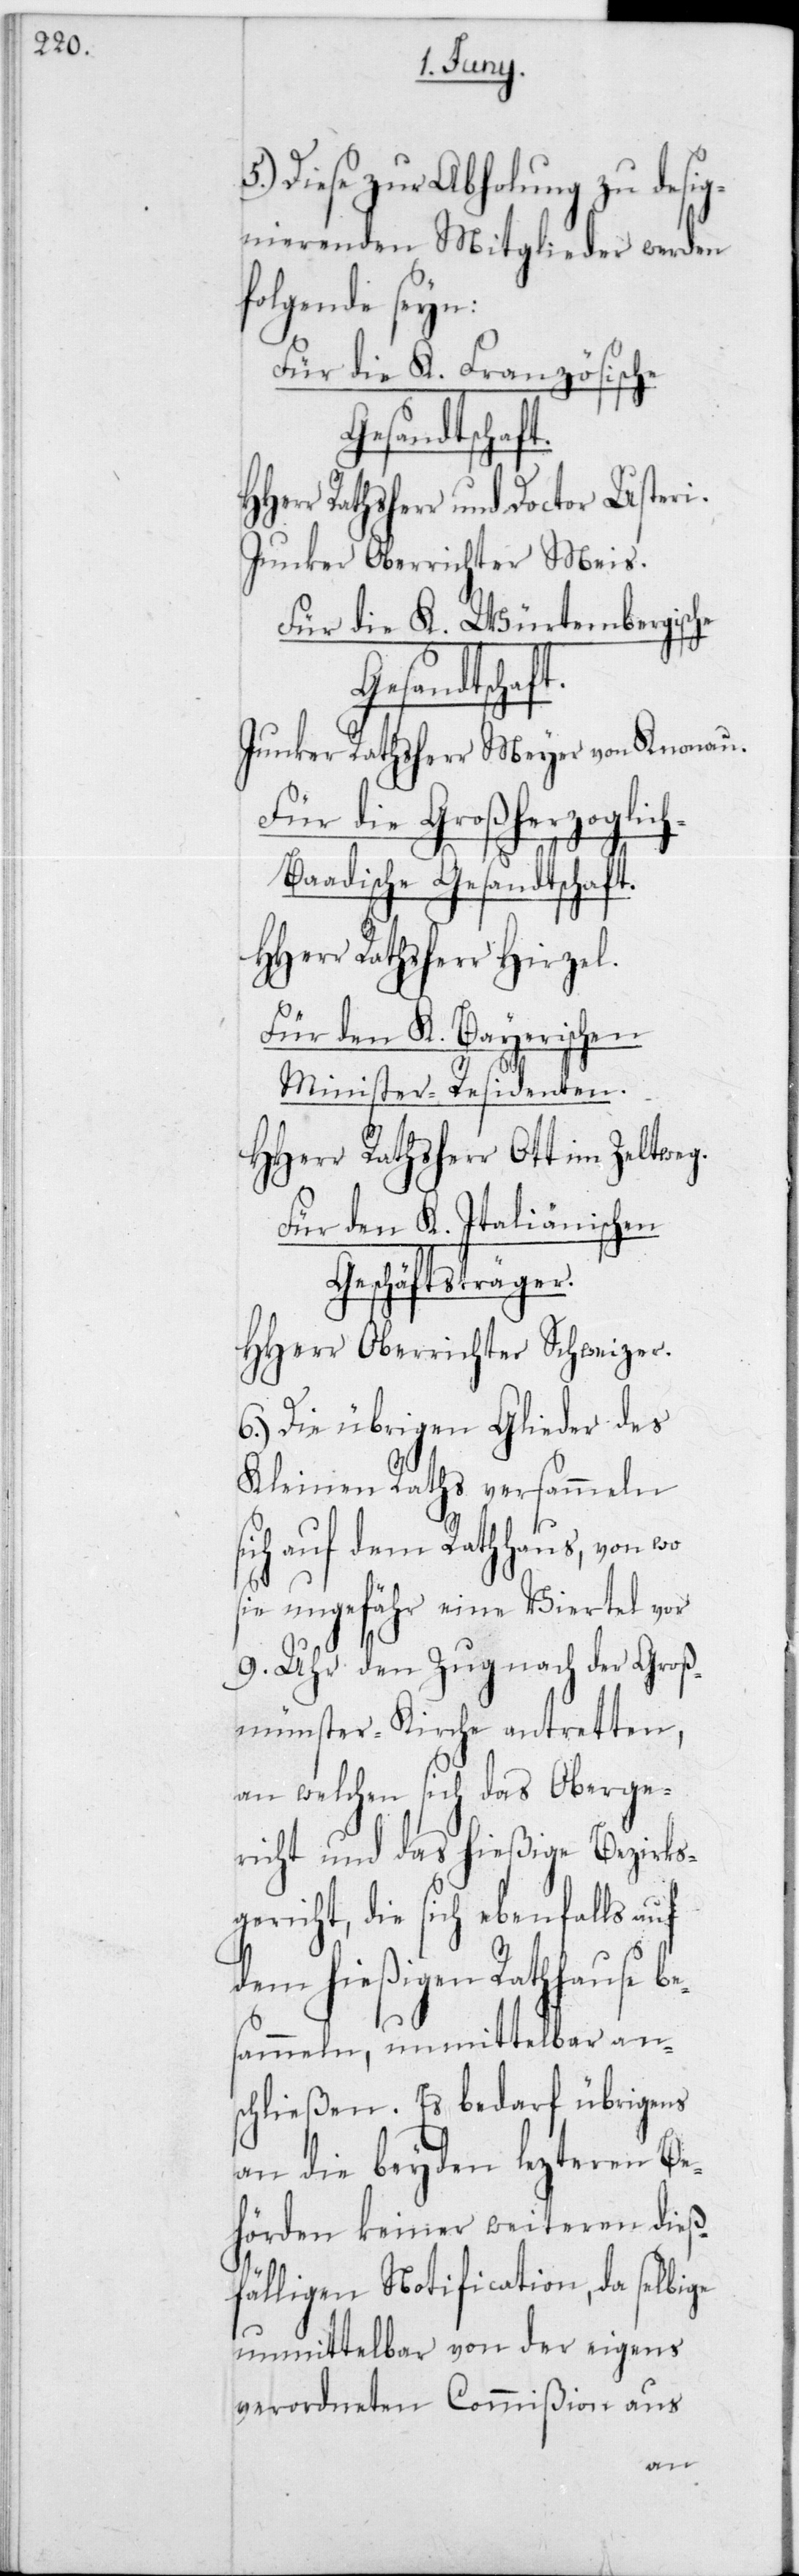
5.) Diese zur Abholung zu desig¬
nierenden Mitglieder werden
folgende seyn:
Für die K. Französische
Gesandtschaft.
Herr Rathsherr und Doctor Usteri.
Junker Oberrichter Meis.
Für die K. Würtembergische
Gesandtschaft.
Junker Rathsherr Meyer von Knonau.
Für die Großherzoglic¬
h-Baadische Gesandtschaft.
HHerr Rathsherr Hirzel.
Für den K. Bayerischen
Minister-Residenten.
HHerr Rathsherr Ott in Zeltweg.
Für den K. Italiänischen
Geschäftsträger.
HHerr Oberrichter Schweizer.
6.) Die übrigen Glieder des
Kleinen Raths versammeln
sich auf dem Rathhaus, von wo
sie ungefähr ein Viertel vor
9 Uhr den Zug nach der Groß¬
münsterkirche antretten,
an welchen sich das Oberge¬
richt und das hießige Bezirks¬
gericht, die sich ebenfalls auf
dem hießigen Rathhause be¬
sammeln, unmittelbar ans¬
chließen. Es bedarf übrigens
an die beyden lezteren Be¬
hörden keiner weiteren dieß¬
fälligen Notification, da selbige
unmittelbar von der eigens
verordneten Commißion aus
H¬